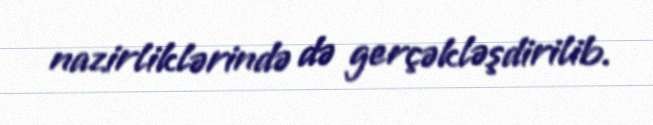
nazirliklərində də gerçəkləşdirilib.